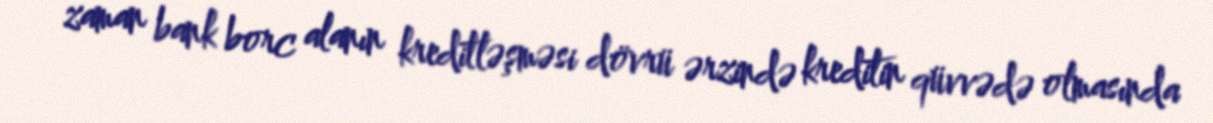
zaman bank borc alanın kreditləşməsi dövrü ərzində kreditin qüvvədə olmasında